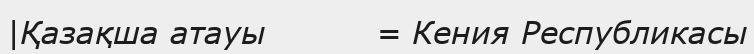
|Қазақша атауы          = Кения Республикасы